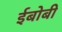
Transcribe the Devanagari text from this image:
ईबोबी